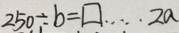
2 5 0 \div b = \square \cdots 2 a